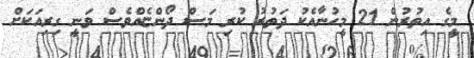
މީގެ އިތުރުން 21 މީހުނާއެކު ދަތުރު ކުރި މަސް ދޯންޏެއްވެސް ވަނީ ގިރިއަކަށް